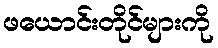
ဖယောင်းတိုင်များကို